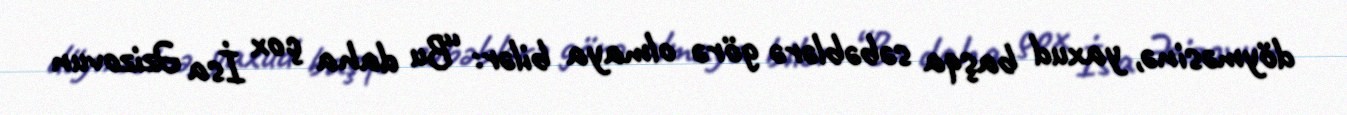
döyməsinə, yaxud başqa səbəblərə görə olmaya bilər: “Bu daha çox İsa Əzizovun